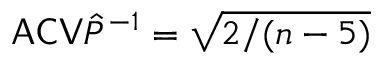
\mathsf { A C V } \hat { P } ^ { - 1 } = \sqrt { 2 / ( n - 5 ) }